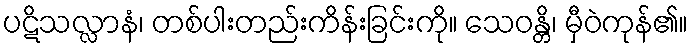
ပဋိသလ္လာနံ၊ တစ်ပါးတည်းကိန်းခြင်းကို။ သေဝန္တိ၊ မှီဝဲကုန်၏။